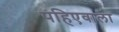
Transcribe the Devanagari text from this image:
पहिएवाला